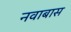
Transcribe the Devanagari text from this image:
नवाबास